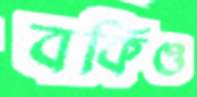
বকিও